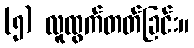
(၅) လူထွက်တတ်ခြင်း။